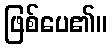
ဖြစ်ပေ၏။